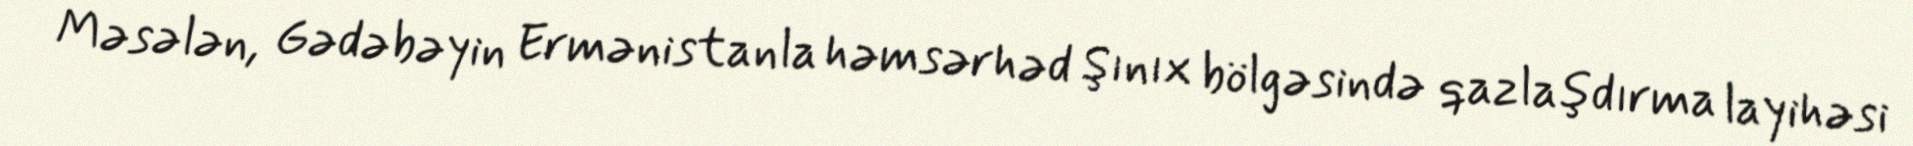
Məsələn, Gədəbəyin Ermənistanla həmsərhəd Şınıx bölgəsində qazlaşdırma layihəsi